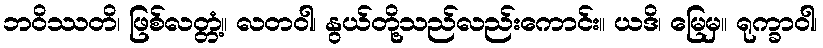
ဘဝိဿတိ၊ ဖြစ်လတ္တံ့။ လတဝါ၊ နွယ်တို့သည်လည်းကောင်း။ ယဒိ၊ မြေမှ။ ရုက္ခာဝါ၊